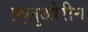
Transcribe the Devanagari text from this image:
फ़्लुओरीन